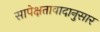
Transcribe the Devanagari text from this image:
सापेक्षतावादानुसार